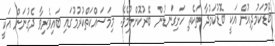
ބޮޑުކަމުދިއުން އަކީ ބޮޑުކަމުދާ ތަކެތި ހަށިގަނޑުން ބޭރުކޮށްލުމެވެ. މިމަސައްކަތްކުރުމުގައި ބައިވެރިވާ ދެގުނަން އަކީ